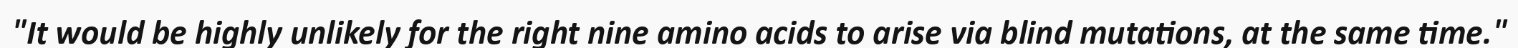
"It would be highly unlikely for the right nine amino acids to arise via blind mutations, at the same time."